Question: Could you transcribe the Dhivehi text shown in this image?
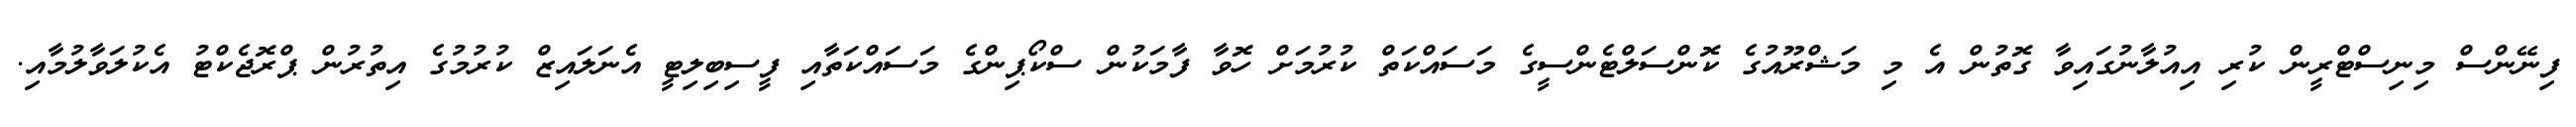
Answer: ފިނޭންސް މިނިސްޓްރީން ކުރި އިއުލާނުގައިވާ ގޮތުން އެ މި މަޝްރޫއުގެ ކޮންސަލްޓެންސީގެ މަސައްކަތް ކުރުމަށް ހޮވާ ފާމަކުން ސްކޯޕިންގެ މަސައްކަތާއި ފީސިބިލިޓީ އެނަލައިޒް ކުރުމުގެ އިތުރުން ޕްރޮޖެކްޓު އެކުލަވާލުމާއި.